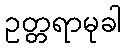
ဥတ္တရာမုခါ